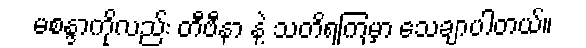
မစန္ဒာကိုလည်း တီဗီနာ နဲ့ သတိရကြမှာ သေချာပါတယ်။